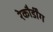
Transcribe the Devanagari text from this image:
रेकौर्डींग